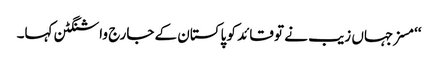
‘‘مسز جہاں زیب نے تو قائد کو پاکستان کے جارج واشنگٹن کہا۔